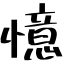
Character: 憶